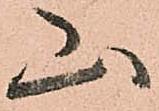
山